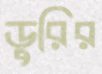
ডুরির